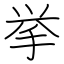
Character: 挙